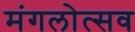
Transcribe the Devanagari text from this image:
मंगलोत्सव